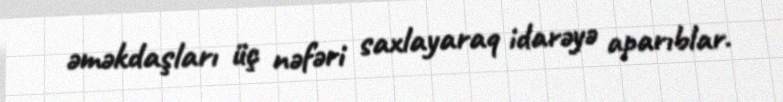
əməkdaşları üç nəfəri saxlayaraq idarəyə aparıblar.